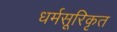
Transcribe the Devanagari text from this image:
धर्मसूरिकृत